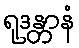
ရုဒန္တာနံ